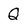
Character: Q